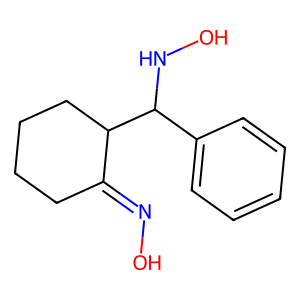
SMILES: ON=C1CCCCC1C(NO)c1ccccc1
Inhibits HIV replication: No